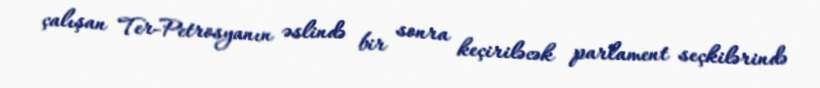
çalışan Ter-Petrosyanın əslində bir sonra keçiriləcək parlament seçkilərində